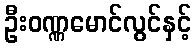
ဦးဝဏ္ဏမောင်လွင်နှင့်